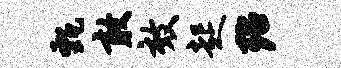
甄敢效起殆